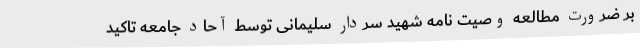
بر ضرورت مطالعه وصیت نامه شهید سردار سلیمانی توسط آحاد جامعه تاکید